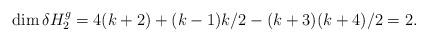
LaTeX: \begin{align*} \dim \delta H_2^g = 4(k+2) + (k-1)k/2-(k+3)(k+4)/2=2.\end{align*}